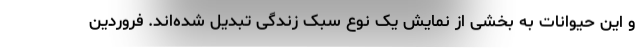
و این حیوانات به بخشی از نمایش یک نوع سبک زندگی تبدیل شده‌اند. فروردین